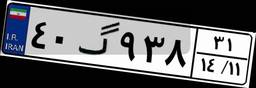
۴۰گ۹۳۸۳۱